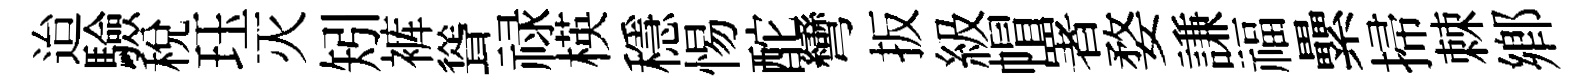
迨驗稅珏灭矧裤聳禄楧穩惕酡彎扳級帽署婺謙福纍掃棘鄉